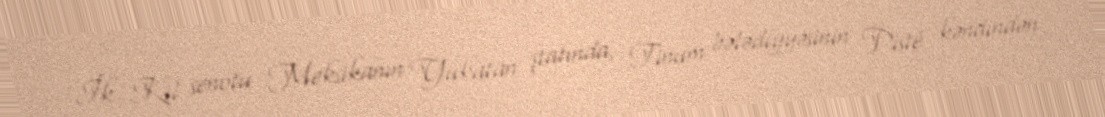
İk Kil senotu Meksikanın Yukatan ştatında, Tinum bələdiyyəsinin Pisté kəndindən